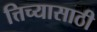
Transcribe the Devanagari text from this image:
त्तिच्यासाठी